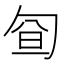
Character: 𠣡